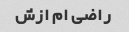
راضی ام ازش